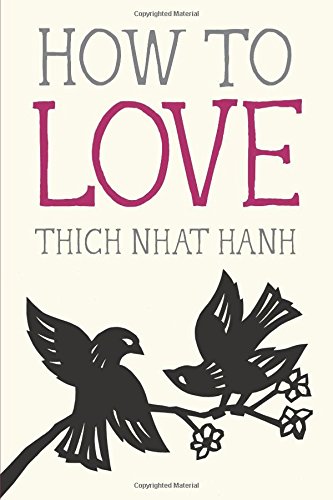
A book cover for How to Love (Mindful Essentials); Thich Nhat Hanh; Self-Help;